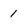
Character: 1